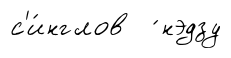
с'и́нглов ́нэдзу